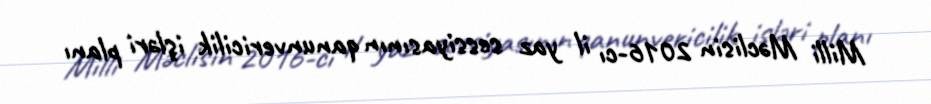
Milli Məclisin 2016-cı il yaz sessiyasının qanunvericilik işləri planı